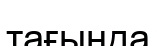
тағында